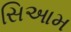
સિઆમ